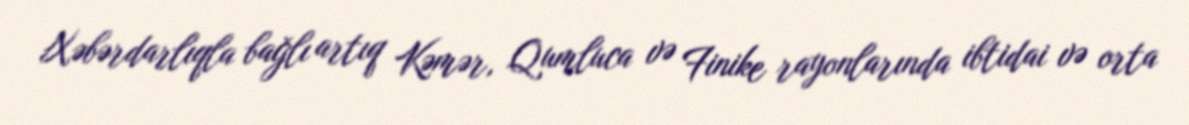
Xəbərdarlıqla bağlı artıq Kəmər, Qumluca və Finike rayonlarında ibtidai və orta